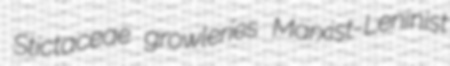
Stictaceae growleries Marxist-Leninist